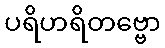
ပရိဟရိတဗ္ဗော